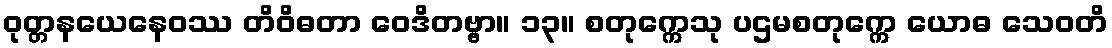
ဝုတ္တနယေနေဝဿ တိဝိဓတာ ဝေဒိတဗ္ဗာ။ ၁၃။ စတုက္ကေသု ပဌမစတုက္ကေ ယောဓ သေဝတိ